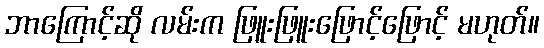
ဘာကြောင့်ဆို လမ်းက ဖြူးဖြူးဖြောင့်ဖြောင့် မဟုတ်။